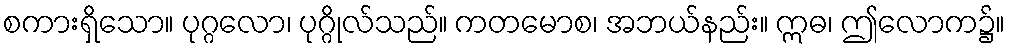
စကားရှိသော။ ပုဂ္ဂလော၊ ပုဂ္ဂိုလ်သည်။ ကတမောစ၊ အဘယ်နည်း။ ဣဓ၊ ဤလောက၌။